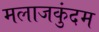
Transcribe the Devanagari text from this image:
मलाजकुंदम